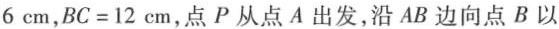
6cm，$$BC=12cm$$，点P从点A出发，沿AB边向点B以